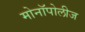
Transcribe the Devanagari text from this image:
मोनॉपोलीज